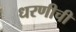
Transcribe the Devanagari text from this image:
धरणीची